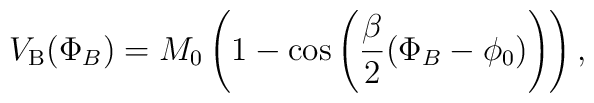
V_{\rm B}(\Phi _{B})=M_{0}\left( 1-\cos \left( \frac{\beta }{2}(\Phi _{B}-\phi _{0})\right) \right) ,